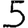
Digit: 5